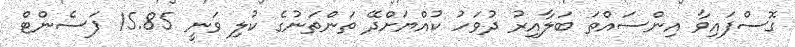
ގޮސްފައިވާ އިންސައްތަ ބަލާއިރު ދުވަހު ކުއްޔަށްދޭ ތަންތަނުގެ ކުލި ވަނީ 15.85 ޕަސެންޓް